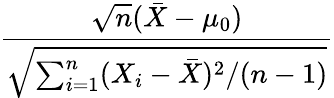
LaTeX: \frac{{\sqrt{n}}({\bar{X}}-\mu_{0})}{\sqrt{\sum_{i=1}^{n}(X_{i}-{\bar{X}})^{2}/(n-1)}}